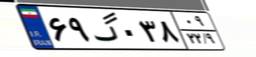
۱۵گ۷۳۵۹۱